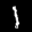
Label: 1